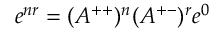
e ^ { n r } = ( A ^ { + + } ) ^ { n } ( A ^ { + - } ) ^ { r } e ^ { 0 }